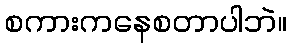
စကားကနေစတာပါဘဲ။